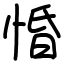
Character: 惛